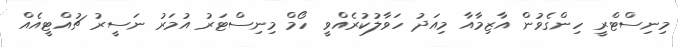
މިނިސްޓްރީ ހިންގެވުން އާޒިމާއާ މިއަދު ހަވާލުކުރެއްވީ ހޯމް މިނިސްޓަރު އުމަރު ނަސީރު ޗުއްޓީއެއް